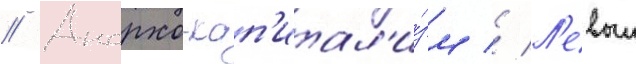
// Анархо-кап'итал'и́зм // Л'евыи